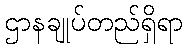
ဌာနချုပ်တည်ရှိရာ